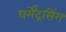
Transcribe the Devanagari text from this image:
धर्मेंद्रसिंग